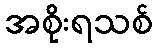
အစိုးရသစ်